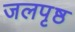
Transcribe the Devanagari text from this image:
जलपृष्ठ